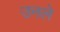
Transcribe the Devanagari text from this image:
उनले